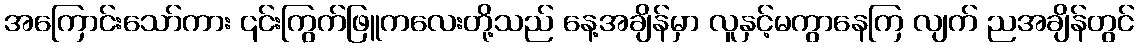
အကြောင်းသော်ကား ၎င်းကြွက်ဖြူကလေးတို့သည် နေ့အချိန်မှာ လူနှင့်မကွာနေကြ လျက် ညအချိန်တွင်